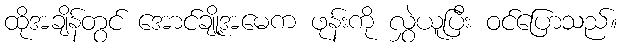
ထိုအချိန်တွင် အောင်ချို့အမေက ဖုန်းကို လွှဲယူပြီး ဝင်ပြောသည်။